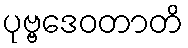
ပုဗ္ဗဒေဝတာတိ